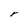
Character: r